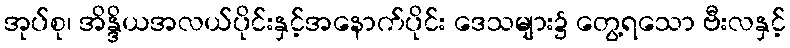
အုပ်စု၊ အိန္ဒိယအလယ်ပိုင်းနှင့်အနောက်ပိုင်း ဒေသများ၌ တွေ့ရသော ဗီးလနှင့်